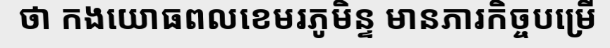
ថា កងយោធពលខេមរភូមិន្ទ មានភារកិច្ចបម្រើ